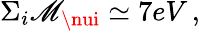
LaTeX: \Sigma_{i}\mathscr{M}_{\nui}\simeq7eV\, ,